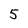
Character: 5